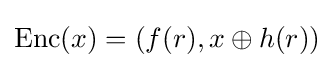
{\rm {Enc}}(x)=(f(r),x\oplus h(r))